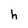
Character: h